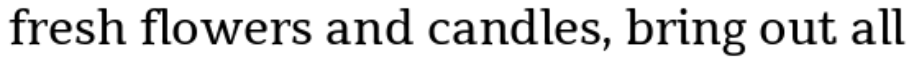
fresh flowers and candles, bring out all